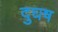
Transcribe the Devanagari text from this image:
दुघष